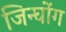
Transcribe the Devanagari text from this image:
जिन्घोंग